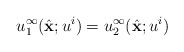
\begin{align*}u^\infty_1(\hat{\mathbf x};u^i)=u^\infty_2(\hat{\mathbf x};u^i)\end{align*}